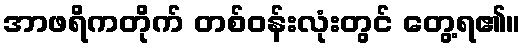
အာဖရိကတိုက် တစ်ဝန်းလုံးတွင် တွေ့ရ၏။